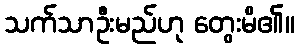
သက်သာဦးမည်ဟု တွေးမိ၏။